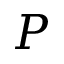
{ \cal P }